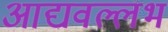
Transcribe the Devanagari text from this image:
आद्यवल्लभ